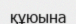
құюына